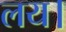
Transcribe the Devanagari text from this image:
लय।